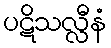
ပဋိသလ္လီနံ